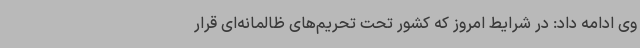
وی ادامه داد: در شرایط امروز که کشور تحت تحریم‌های ظالمانه‌ای قرار